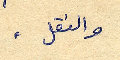
والنقل .